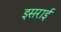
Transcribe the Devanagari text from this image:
इसराई